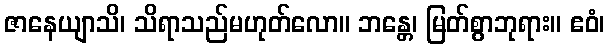
ဇာနေယျာသိ၊ သိရာသည်မဟုတ်လော။ ဘန္တေ၊ မြတ်စွာဘုရား။ ဧဝံ၊